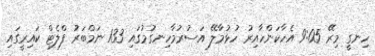
ހިނގީ މިރޭ 9:05 އެހާކަންހާއިރު ހުޅުމާލޭ އަސުރުމާހިނގުމުގައި 133 ނަމްބަރު ފްލެޓް ކައިރީގައި